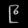
Digit: ၉